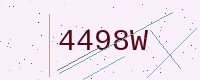
Text: 4498W